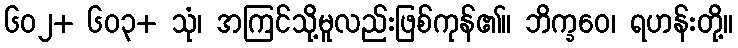
၆၀၂+ ၆၀၃+ သုံ၊ အကြင်သို့မူလည်းဖြစ်ကုန်၏။ ဘိက္ခဝေ၊ ရဟန်းတို့။